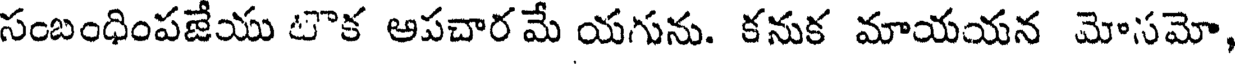
సంబంధింపజేయు టౌక ఆపచార మే యగును. కనుక మాయయన మోసమో,